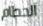
الحطام